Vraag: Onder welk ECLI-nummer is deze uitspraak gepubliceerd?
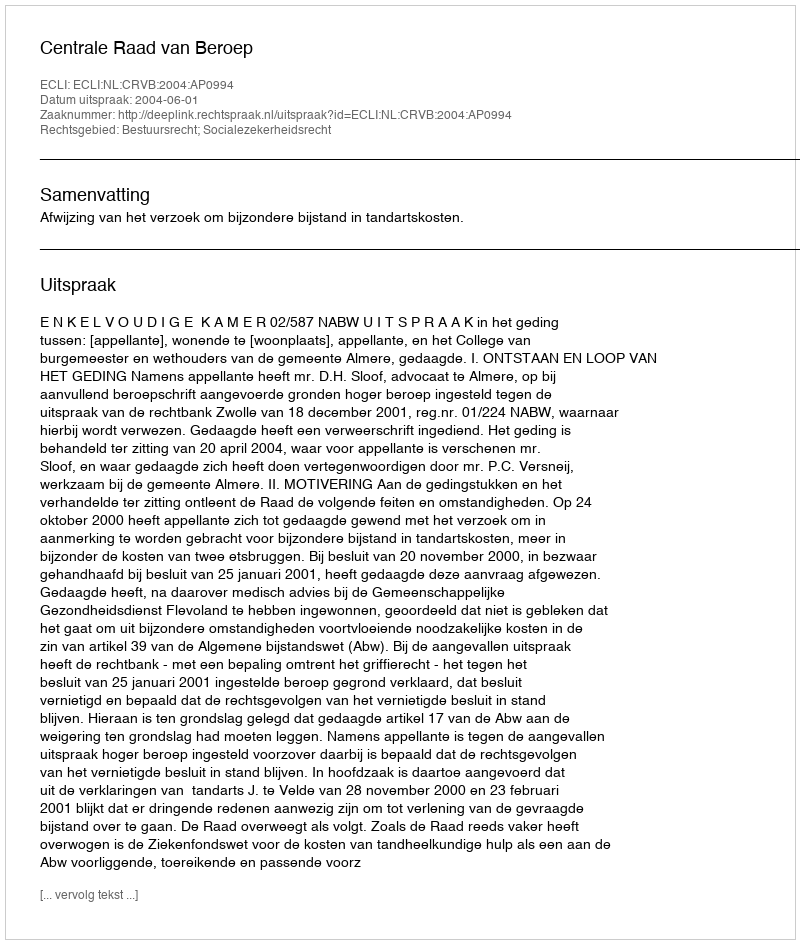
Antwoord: ECLI:NL:CRVB:2004:AP0994